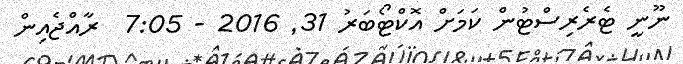
ނޫނީ ޓެރެރިސްޓުން ކަމަށް އޮކްޓޯބަރު 31